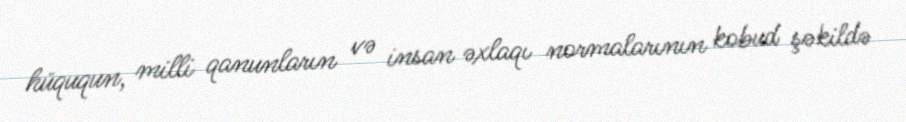
hüququn, milli qanunların və insan əxlaqı normalarının kobud şəkildə